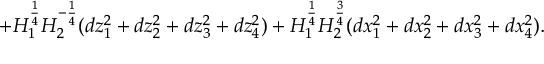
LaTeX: + H _ { 1 } ^ { \frac { 1 } { 4 } } H _ { 2 } ^ { - \frac { 1 } { 4 } } ( d z _ { 1 } ^ { 2 } + d z _ { 2 } ^ { 2 } + d z _ { 3 } ^ { 2 } + d z _ { 4 } ^ { 2 } ) + H _ { 1 } ^ { \frac { 1 } { 4 } } H _ { 2 } ^ { \frac { 3 } { 4 } } ( d x _ { 1 } ^ { 2 } + d x _ { 2 } ^ { 2 } + d x _ { 3 } ^ { 2 } + d x _ { 4 } ^ { 2 } ) .